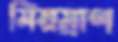
মিয়ম্রাণ